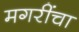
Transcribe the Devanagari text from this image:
मगरींचा